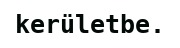
kerületbe.